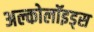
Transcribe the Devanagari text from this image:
अल्कोलॉइड्स